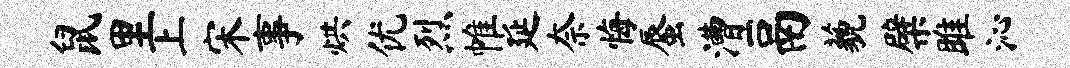
鼠里上宋事烘优烈帷延奈悔蜃漕鬲藐檗雎沁